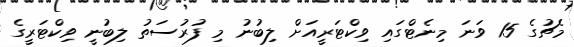
މެޗުގެ 15 ވަނަ މިނެޓްގައި ވިކްޓަރީއަށް ލިބުނު މި ފުރުސަތު ލިބުނީ ވިކްޓަރީގެ